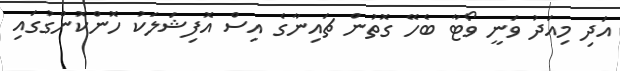
އަދި މިއަދު ވަނީ ވޯޓާ ބެހޭ ގޮތުން ޗައިނާގެ އިސް އޮފިޝަލަކު ހޮންކޮންގުގައި